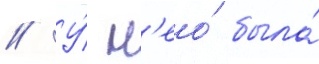
// У́ н'ео́ была́